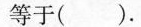
等于( ).